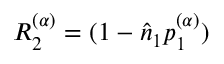
R _ { 2 } ^ { ( \alpha ) } = ( 1 - \hat { n } _ { 1 } p _ { 1 } ^ { ( \alpha ) } )